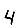
Digit: 4